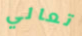
تعالي